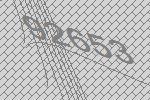
92653